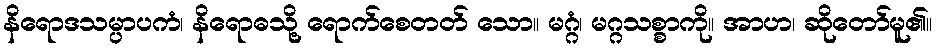
နိရောဒသမ္ပာပကံ၊ နိရောဓသို့ ရောက်စေတတ် သော။ မဂ္ဂံ၊ မဂ္ဂသစ္စာကို။ အာဟ၊ ဆိုတော်မူ၏။